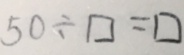
5 0 \div \square = \square